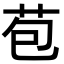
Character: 苞